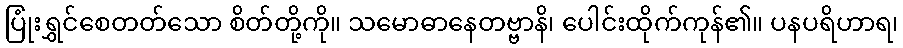
ပြုံးရွှင်စေတတ်သော စိတ်တို့ကို။ သမောဓာနေတဗ္ဗာနိ၊ ပေါင်းထိုက်ကုန်၏။ ပနပရိဟာရ၊